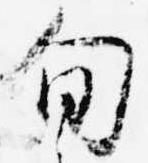
旬